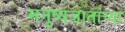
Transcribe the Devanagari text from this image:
मनुष्यजातांच्या